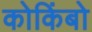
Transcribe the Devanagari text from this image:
कोकिंबो